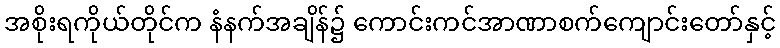
အစိုးရကိုယ်တိုင်က နံနက်အချိန်၌ ကောင်းကင်အာဏာစက်ကျောင်းတော်နှင့်